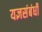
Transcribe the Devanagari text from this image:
यज्ञसंबंधी